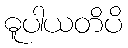
ဓူပါယတိပိ